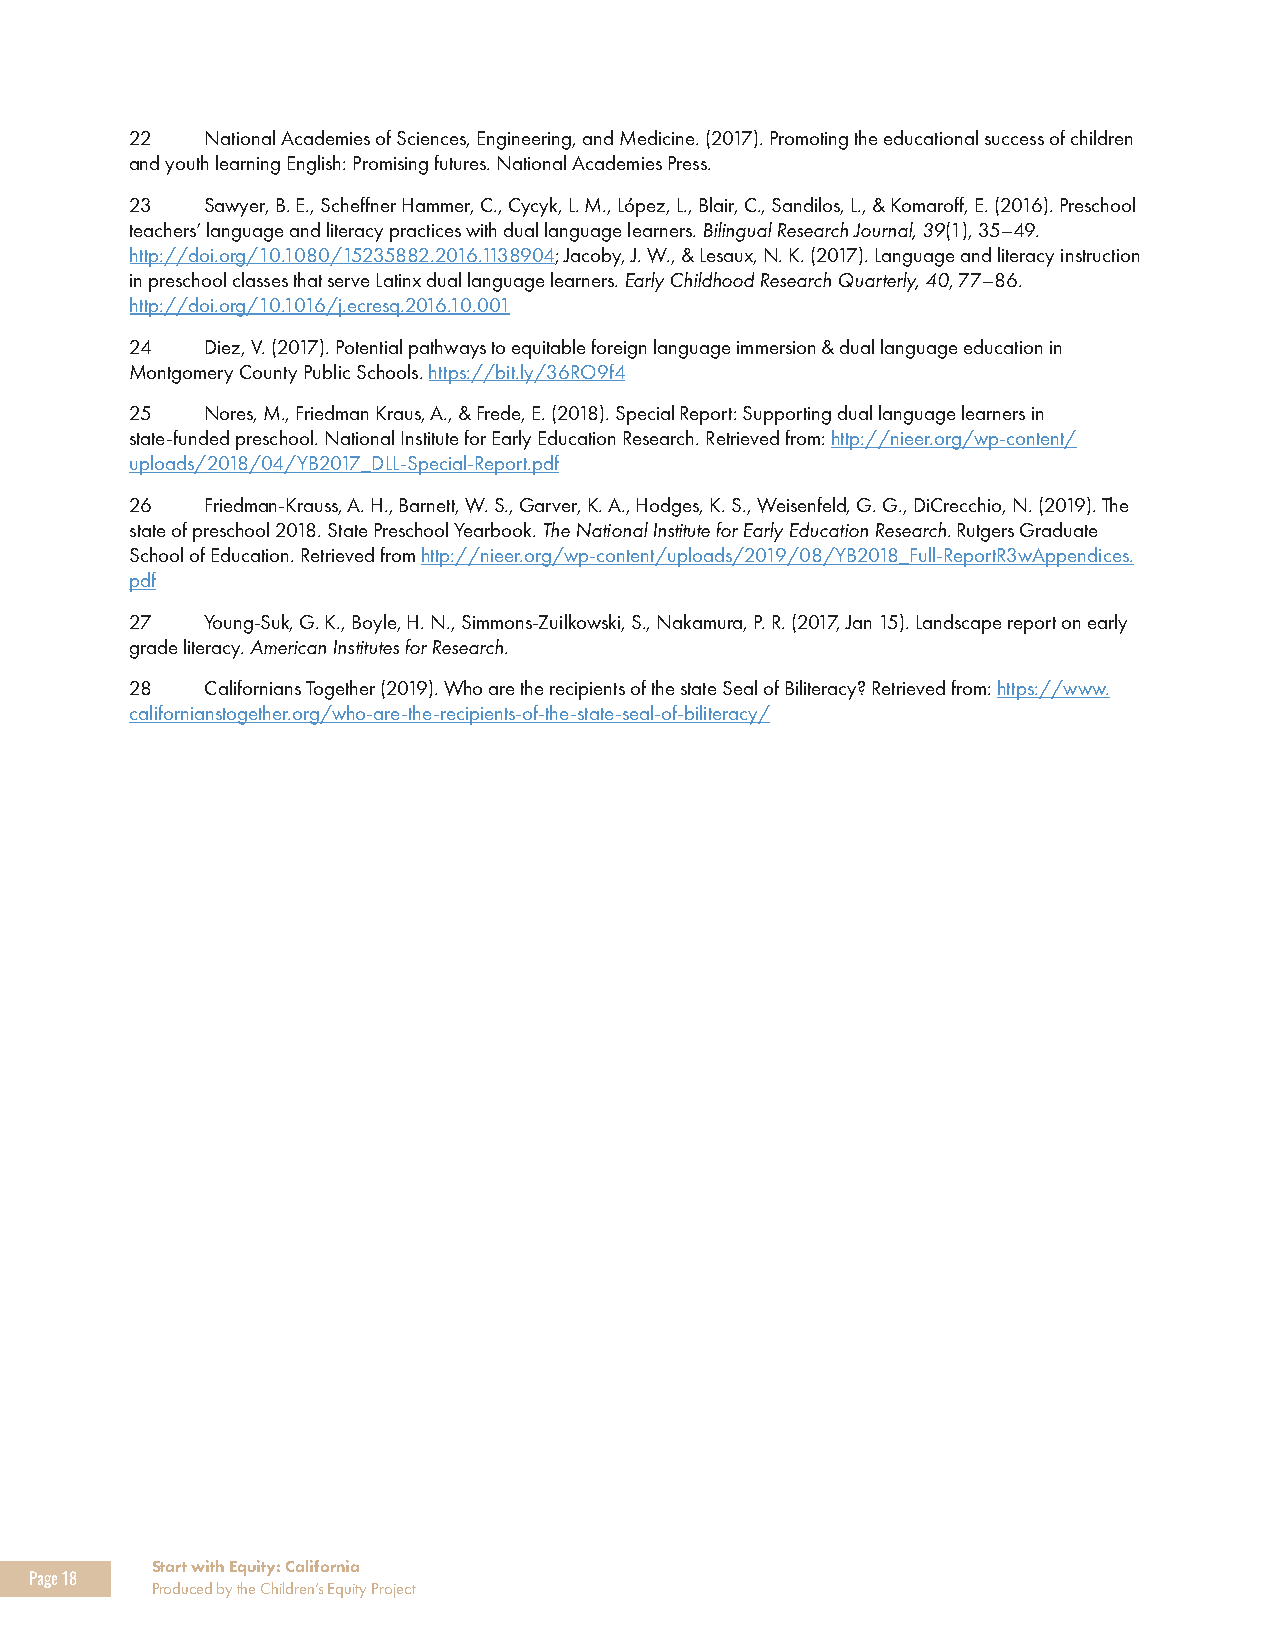
22   National Academies of Sciences, Engineering, and Medicine. (2017). Promoting the educational success of children
 and youth learning English: Promising futures. National Academies Press.
 23   Sawyer, B. E., Scheffner Hammer, C., Cycyk, L. M., López, L., Blair, C., Sandilos, L., & Komaroff, E. (2016). Preschool
 teachers’ language and literacy practices with dual language learners. Bilingual Research Journal, 39(1), 35–49.
 http://doi.org/10.1080/15235882.2016.1138904; Jacoby, J. W., & Lesaux, N. K. (2017). Language and literacy instruction
 in preschool classes that serve Latinx dual language learners. Early Childhood Research Quarterly, 40, 77–86.
 http://doi.org/10.1016/j.ecresq.2016.10.001
 24   Diez, V. (2017). Potential pathways to equitable foreign language immersion & dual language education in
 Montgomery County Public Schools. https://bit.ly/36RO9f4
 25   Nores, M., Friedman Kraus, A., & Frede, E. (2018). Special Report: Supporting dual language learners in
 state-funded preschool. National Institute for Early Education Research. Retrieved from: http://nieer.org/wp-content/
 uploads/2018/04/YB2017_DLL-Special-Report.pdf
 26   Friedman-Krauss, A. H., Barnett, W. S., Garver, K. A., Hodges, K. S., Weisenfeld, G. G., DiCrecchio, N. (2019). The
 state of preschool 2018. State Preschool Yearbook. The National Institute for Early Education Research. Rutgers Graduate
 School of Education. Retrieved from http://nieer.org/wp-content/uploads/2019/08/YB2018_Full-ReportR3wAppendices.
 pdf
 27   Young-Suk, G. K., Boyle, H. N., Simmons-Zuilkowski, S., Nakamura, P. R. (2017, Jan 15). Landscape report on early
 grade literacy. American Institutes for Research.
 28   Californians Together (2019). Who are the recipients of the state Seal of Biliteracy? Retrieved from: https://www.
 californianstogether.org/who-are-the-recipients-of-the-state-seal-of-biliteracy/
 Start with Equity: California
 Page 18
 Produced by the Children’s Equity Project